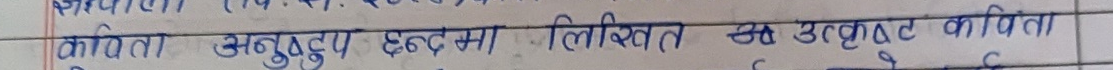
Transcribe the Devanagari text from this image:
कविता अनुष्टुप छंदमा लिखित एक उत्कृष्ट कविता